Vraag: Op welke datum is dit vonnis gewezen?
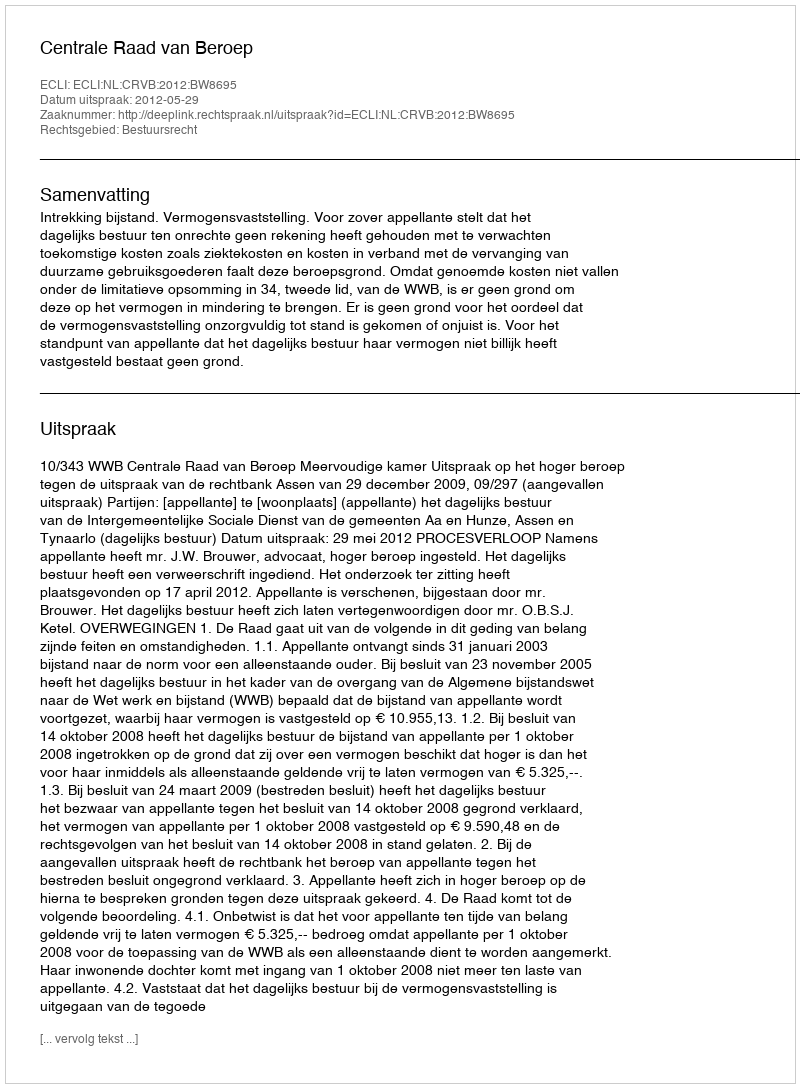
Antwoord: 2012-05-29